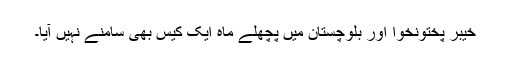
خیبر پختونخوا اور بلوچستان میں پچھلے ماہ ایک کیس بھی سامنے نہیں آیا۔